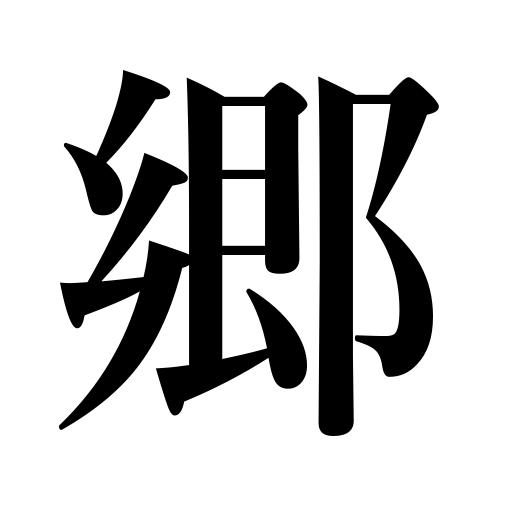
Meanings: country,native place,district,village